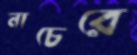
নাচেরে